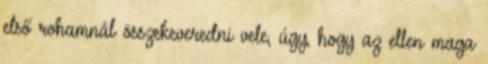
első rohamnál összekeveredni vele, úgy, hogy az ellen maga